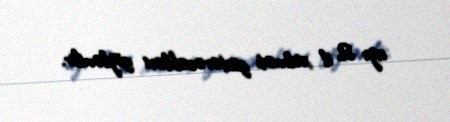
azı 2 il xidmət göstərəcəkləri gözlənilir.